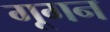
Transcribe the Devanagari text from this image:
गूगन